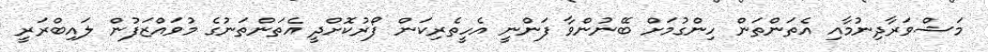
މަޝްވަރާދިނުމާއި އެތަންތަން ހިންގުމަށް ބޭނުންވާ ފަންނީ އެހީތެރިކަން ފޯރުކޮށްދީ އެތަންތަނުގެ މުވައްޒަފުން ލައިބްރަރީ